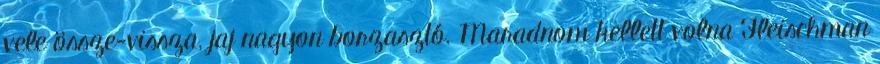
vele össze-vissza, jaj nagyon borzasztó. Maradnom kellett volna Fleischman